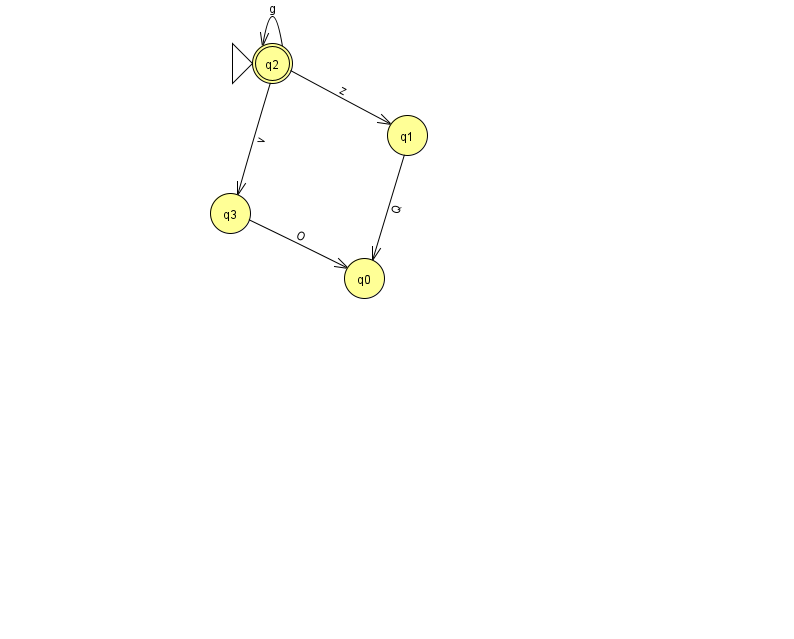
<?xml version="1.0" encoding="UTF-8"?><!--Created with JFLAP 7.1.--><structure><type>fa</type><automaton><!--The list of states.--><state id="0" name="q0"><x>364.0</x><y>265.0</y></state><state id="1" name="q1"><x>407.0</x><y>122.0</y></state><state id="2" name="q2"><x>272.0</x><y>50.0</y><initial/><final/></state><state id="3" name="q3"><x>230.0</x><y>200.0</y></state><!--The list of transitions.--><transition><from>1</from><to>0</to><read>Q</read></transition><transition><from>3</from><to>0</to><read>O</read></transition><transition><from>2</from><to>2</to><read>g</read></transition><transition><from>2</from><to>1</to><read>z</read></transition><transition><from>2</from><to>3</to><read>v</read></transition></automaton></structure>